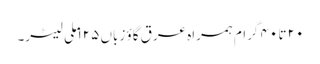
۲۰ تا ۴۰ گرام ہمراہ عرق گاؤ زباں ۱۲۵ ملی لیٹر۔